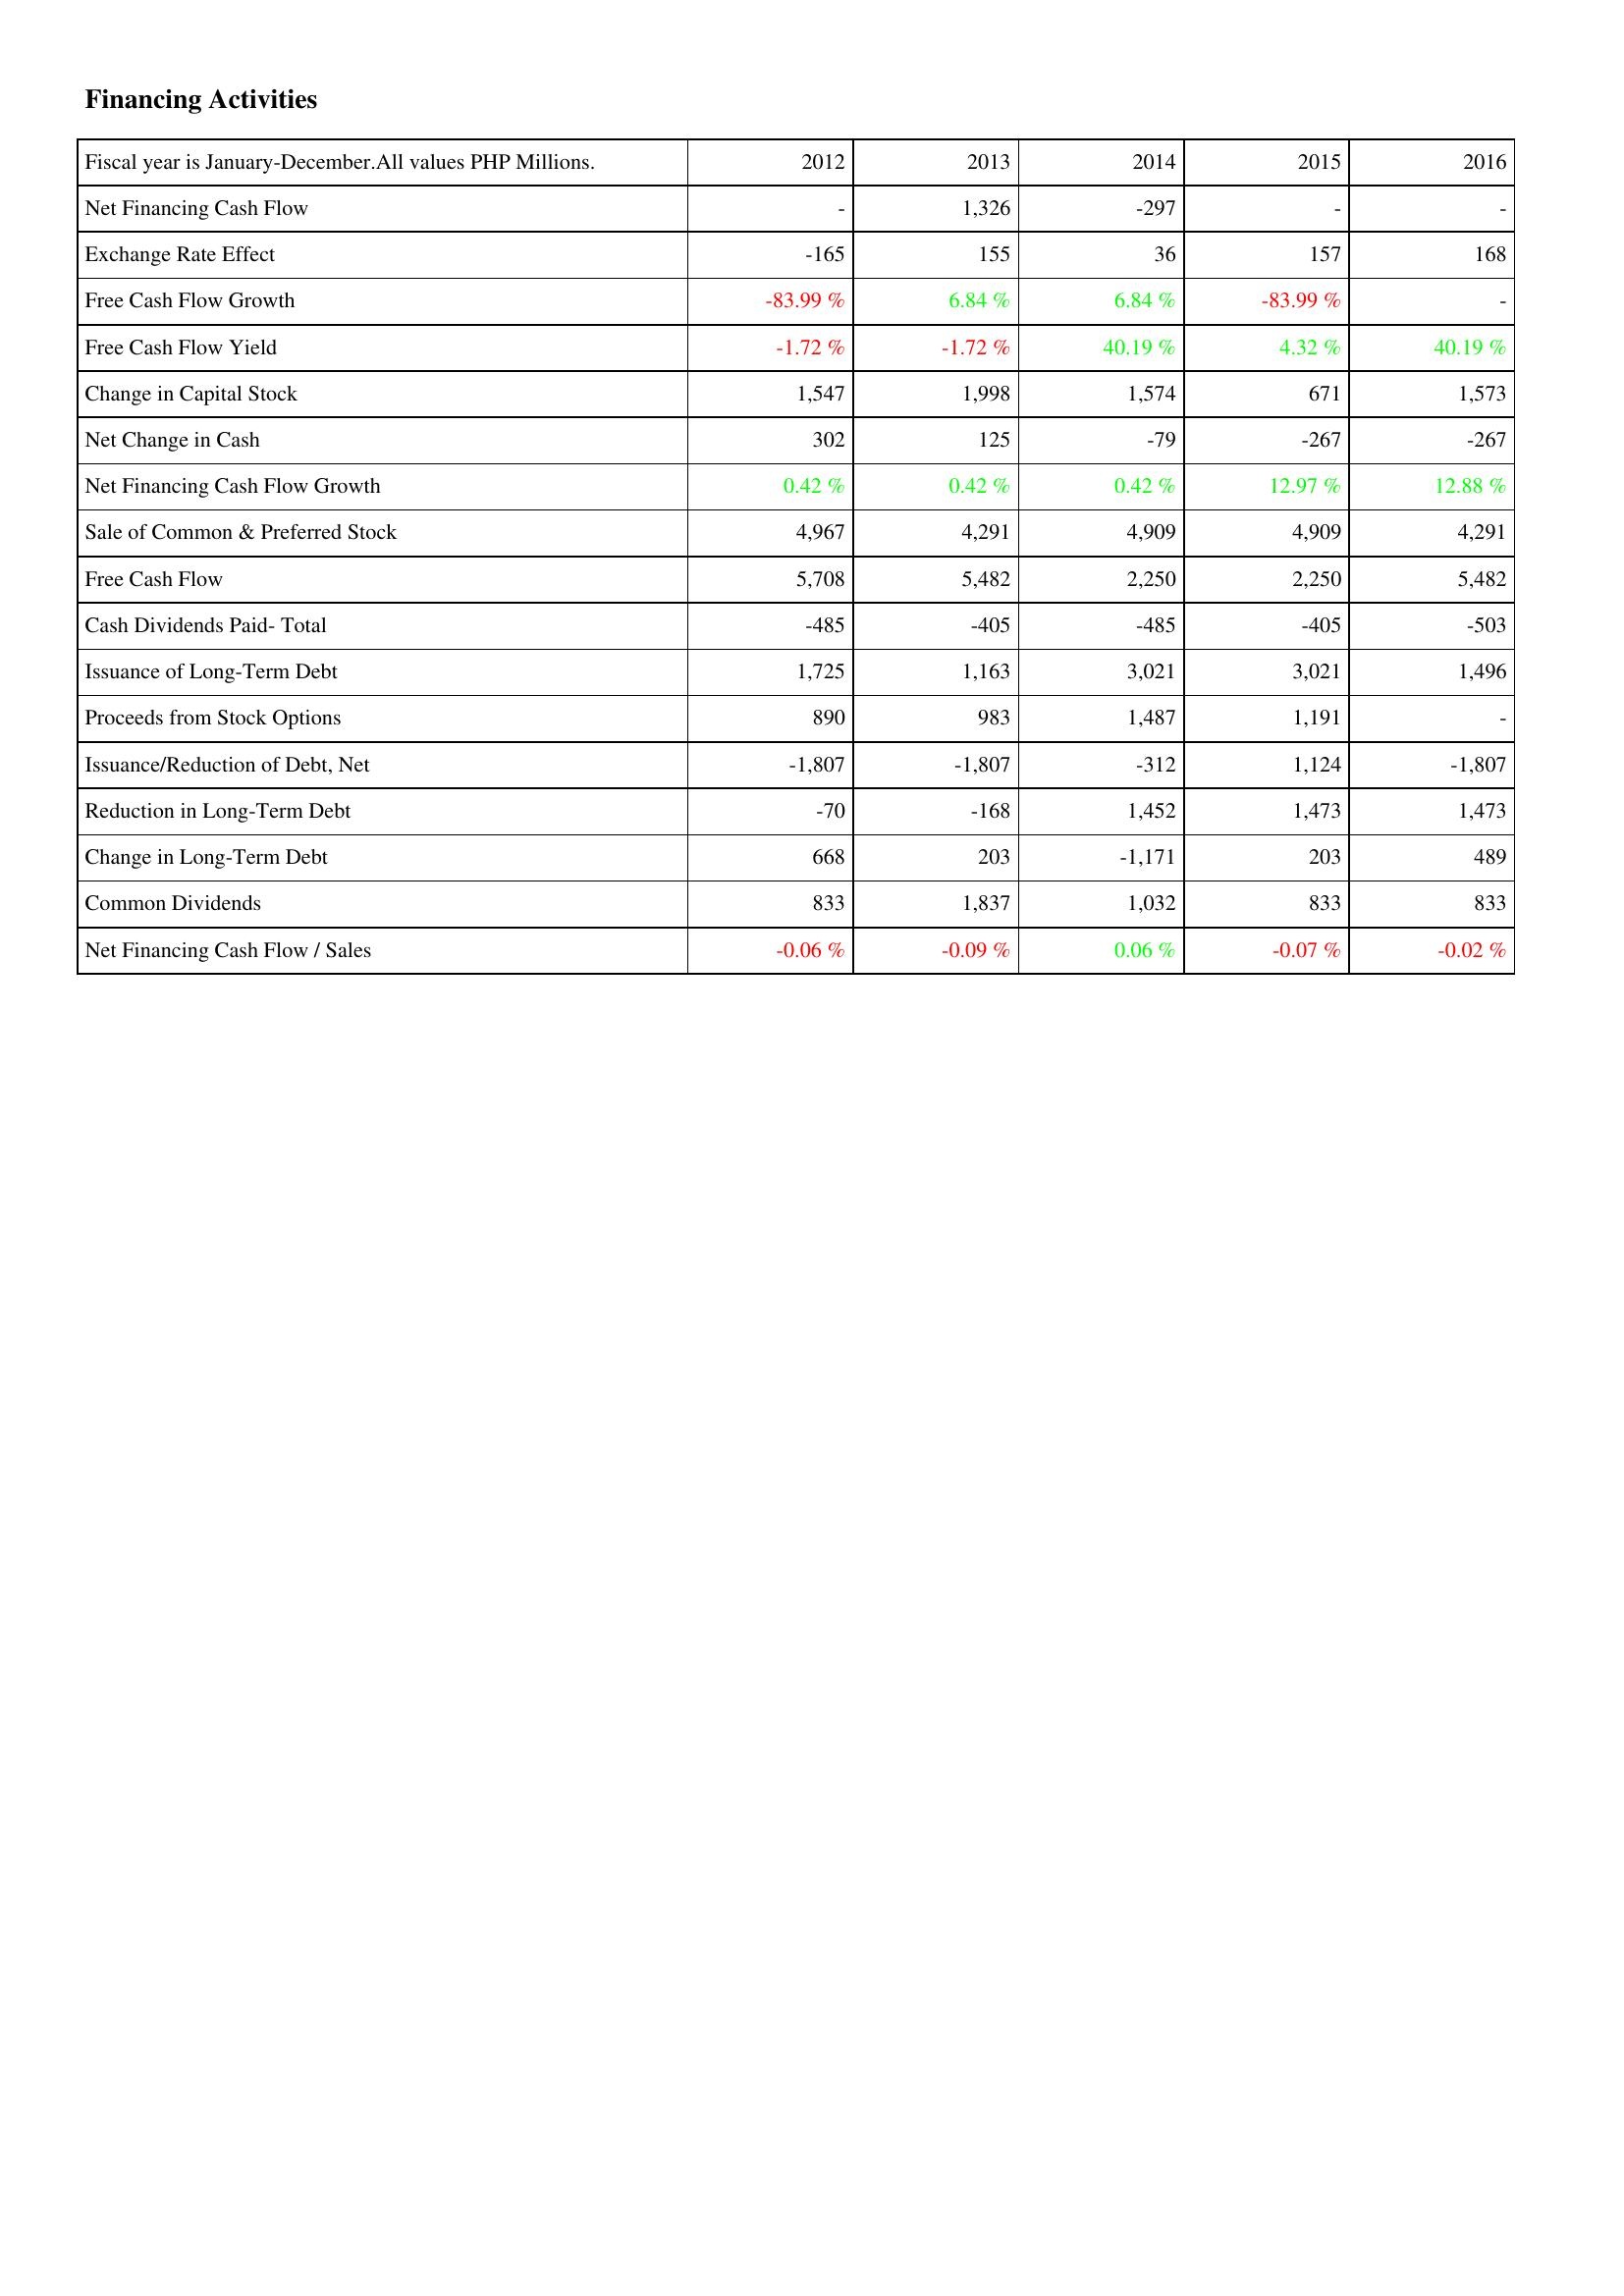
2012: Financing Activities: Net Financing Cash Flow: -
Exchange Rate Effect: -165
Free Cash Flow Growth: -83.99 %
Free Cash Flow Yield: -1.72 %
Change in Capital Stock: 1,547
Net Change in Cash: 302
Net Financing Cash Flow Growth: 0.42 %
Sale of Common & Preferred Stock: 4,967
Free Cash Flow: 5,708
Cash Dividends Paid- Total: -485
Issuance of Long-Term Debt: 1,725
Proceeds from Stock Options: 890
Issuance/Reduction of Debt, Net: -1,807
Reduction in Long-Term Debt: -70
Change in Long-Term Debt: 668
Common Dividends: 833
Net Financing Cash Flow / Sales: -0.06 %
2013: Financing Activities: Net Financing Cash Flow: 1,326
Exchange Rate Effect: 155
Free Cash Flow Growth: 6.84 %
Free Cash Flow Yield: -1.72 %
Change in Capital Stock: 1,998
Net Change in Cash: 125
Net Financing Cash Flow Growth: 0.42 %
Sale of Common & Preferred Stock: 4,291
Free Cash Flow: 5,482
Cash Dividends Paid- Total: -405
Issuance of Long-Term Debt: 1,163
Proceeds from Stock Options: 983
Issuance/Reduction of Debt, Net: -1,807
Reduction in Long-Term Debt: -168
Change in Long-Term Debt: 203
Common Dividends: 1,837
Net Financing Cash Flow / Sales: -0.09 %
2014: Financing Activities: Net Financing Cash Flow: -297
Exchange Rate Effect: 36
Free Cash Flow Growth: 6.84 %
Free Cash Flow Yield: 40.19 %
Change in Capital Stock: 1,574
Net Change in Cash: -79
Net Financing Cash Flow Growth: 0.42 %
Sale of Common & Preferred Stock: 4,909
Free Cash Flow: 2,250
Cash Dividends Paid- Total: -485
Issuance of Long-Term Debt: 3,021
Proceeds from Stock Options: 1,487
Issuance/Reduction of Debt, Net: -312
Reduction in Long-Term Debt: 1,452
Change in Long-Term Debt: -1,171
Common Dividends: 1,032
Net Financing Cash Flow / Sales: 0.06 %
2015: Financing Activities: Net Financing Cash Flow: -
Exchange Rate Effect: 157
Free Cash Flow Growth: -83.99 %
Free Cash Flow Yield: 4.32 %
Change in Capital Stock: 671
Net Change in Cash: -267
Net Financing Cash Flow Growth: 12.97 %
Sale of Common & Preferred Stock: 4,909
Free Cash Flow: 2,250
Cash Dividends Paid- Total: -405
Issuance of Long-Term Debt: 3,021
Proceeds from Stock Options: 1,191
Issuance/Reduction of Debt, Net: 1,124
Reduction in Long-Term Debt: 1,473
Change in Long-Term Debt: 203
Common Dividends: 833
Net Financing Cash Flow / Sales: -0.07 %
2016: Financing Activities: Net Financing Cash Flow: -
Exchange Rate Effect: 168
Free Cash Flow Growth: -
Free Cash Flow Yield: 40.19 %
Change in Capital Stock: 1,573
Net Change in Cash: -267
Net Financing Cash Flow Growth: 12.88 %
Sale of Common & Preferred Stock: 4,291
Free Cash Flow: 5,482
Cash Dividends Paid- Total: -503
Issuance of Long-Term Debt: 1,496
Proceeds from Stock Options: -
Issuance/Reduction of Debt, Net: -1,807
Reduction in Long-Term Debt: 1,473
Change in Long-Term Debt: 489
Common Dividends: 833
Net Financing Cash Flow / Sales: -0.02 %